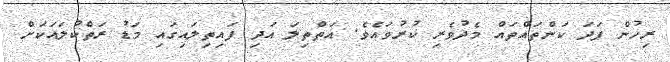
ރިހުން ފަދަ ކަންތައްތައް މެދުވެރި ކުރުވައެވެ. އަތްތިލަ އަދި ފައިތިލައިގައި މަޑު ރަތްކުލައަކަށް